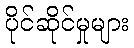
ပိုင်ဆိုင်မှုများ